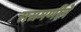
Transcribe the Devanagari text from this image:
रासमणीने